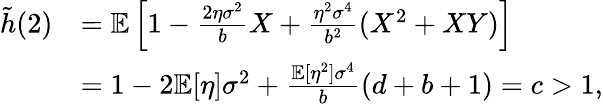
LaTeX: \begin{array}{rl}{\tilde{h}(2)}&{=\mathbb{E}\left[1-\frac{2\eta\sigma^{2}}{b}X+\frac{\eta^{2}\sigma^{4}}{b^{2}}(X^{2}+XY)\right]}\\ &{=1-2\mathbb{E}[\eta]\sigma^{2}+\frac{\mathbb{E}[\eta^{2}]\sigma^{4}}{b}(d+b+1)=c>1,}\end{array}